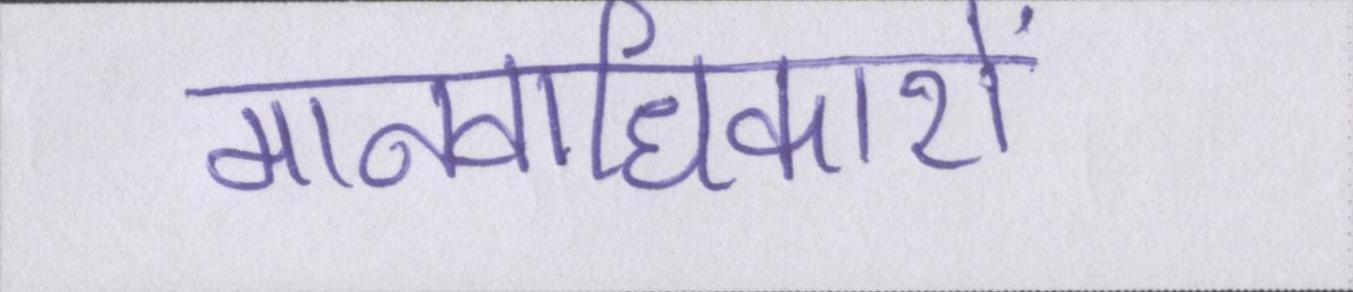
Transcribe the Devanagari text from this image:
मानवाधिकारों